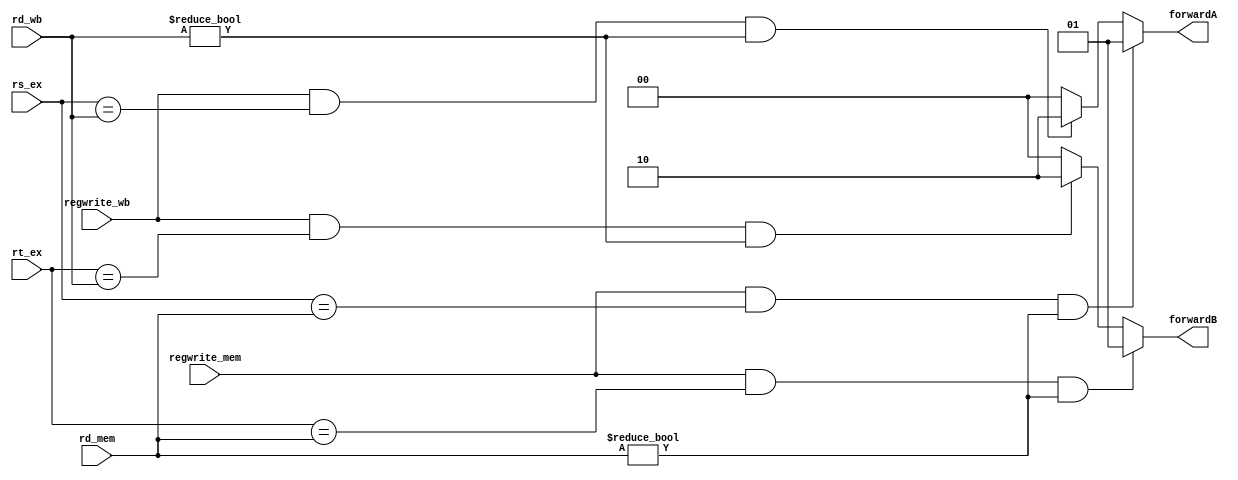
`timescale 1ns / 1ps
//109550134


module Forwarding(
     regwrite_mem,
     regwrite_wb,
     rs_ex,
     rt_ex,
     rd_mem,
     rd_wb,
    forwardA, forwardB
    );
    input regwrite_mem,regwrite_wb;
    input [4:0]rs_ex,rt_ex,rd_mem,rd_wb;
    output [1:0]forwardA,forwardB;
    reg [1:0]forwardA,forwardB;
    
    always@(*) begin
        if(regwrite_mem == 'b1 && rs_ex == rd_mem && rd_mem != 'b0)
            forwardA <= 2'b01;
        else if(regwrite_wb == 1'b1 && rs_ex == rd_wb && rd_wb != 'b0)
            forwardA <= 2'b10;
        else
            forwardA <= 2'b00;

        if(regwrite_mem == 1'b1 && rt_ex == rd_mem && rd_mem != 'b0)
            forwardB <= 2'b01;
        else if(regwrite_wb == 1'b1 && rt_ex == rd_wb && rd_wb != 'b0)
            forwardB <= 2'b10;
        else
            forwardB <= 2'b00;
end
    
    
endmodule